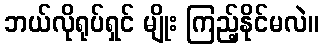
ဘယ်လိုရုပ်ရှင် မျိုး ကြည့်နိုင်မလဲ။